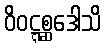
ဝိဝဋ္ဋစ္ဆဒေါသိ